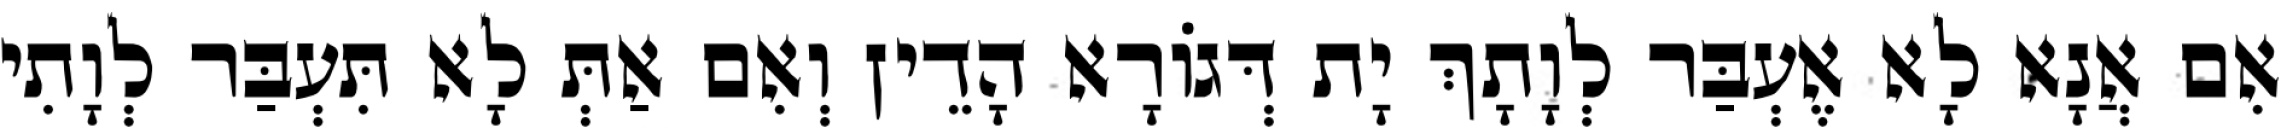
אִם אֲנָא לָא אֶעְבַּר לְוָתָךְ יָת דְּגוֹרָא הָדֵין וְאִם אַתְּ לָא תִּעְבַּר לְוָתִי